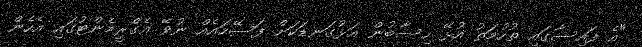
"އެ ފައިސާގައި ތުހުމަތު އުޅޭ ހިސާބުން އަޅުގަނޑަކަށް ފަސޭހައެއް ނުވޭ އެގްރީމެންޓުގައި އެހެން